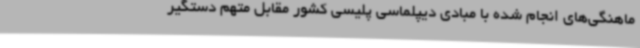
ماهنگی‌های انجام شده با مبادی دیپلماسی پلیسی کشور مقابل متهم دستگیر